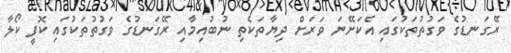
ރޭގަނޑުގެ ވަގުތުތަކުގައި އެކަށޭނަ ވަރަށް ދިޔާތަކެތި ނުބުއިމާއި ރޭގަނޑުގެ ވަގުތުތަކުގައި ކޮފީ ކޯލާ